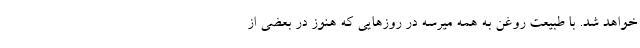
خواهد شد. با طبیعت روغن به همه میرسه در روزهایی که هنوز در بعضی از